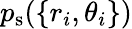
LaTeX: p_{\mathrm{s}}(\{ r_{i},\theta_{i}\} )